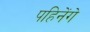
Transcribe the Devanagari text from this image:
पहिनेंगे